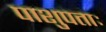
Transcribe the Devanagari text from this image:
पाशुपताः